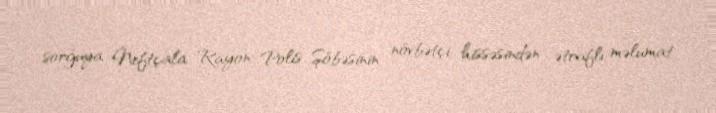
sorğuya Neftçala Rayon Polis Şöbəsinin növbətçi hissəsindən ətraflı məlumat